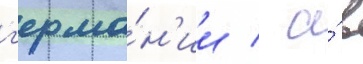
г'ерма́н'ии / а́ в